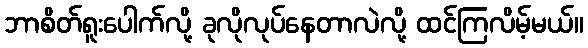
ဘာစိတ်ရူးပေါက်လို့ ခုလိုလုပ်နေတာလဲလို့ ထင်ကြလိမ့်မယ်။